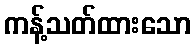
ကန့်သတ်ထားသော